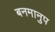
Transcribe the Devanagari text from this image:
बनमानुप